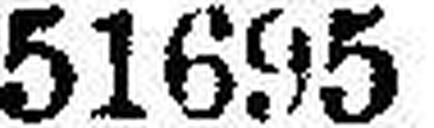
51695